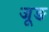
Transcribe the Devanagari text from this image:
जूङ